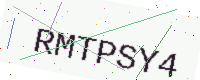
Text: RMTPSY4